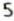
5